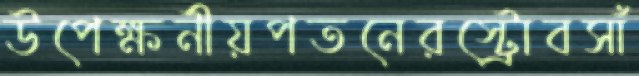
উপেক্ষনীয়পতনেরস্ট্রোবসাঁ